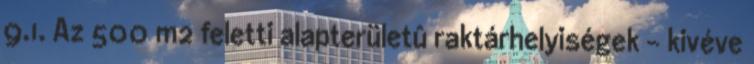
9.1. Az 500 m2 feletti alapterületû raktárhelyiségek - kivéve